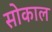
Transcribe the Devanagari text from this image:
सोकाल